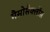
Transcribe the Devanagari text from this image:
मैसोसैक्लोंस